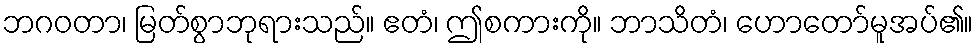
ဘဂဝတာ၊ မြတ်စွာဘုရားသည်။ ဧတံ၊ ဤစကားကို။ ဘာသိတံ၊ ဟောတော်မူအပ်၏။